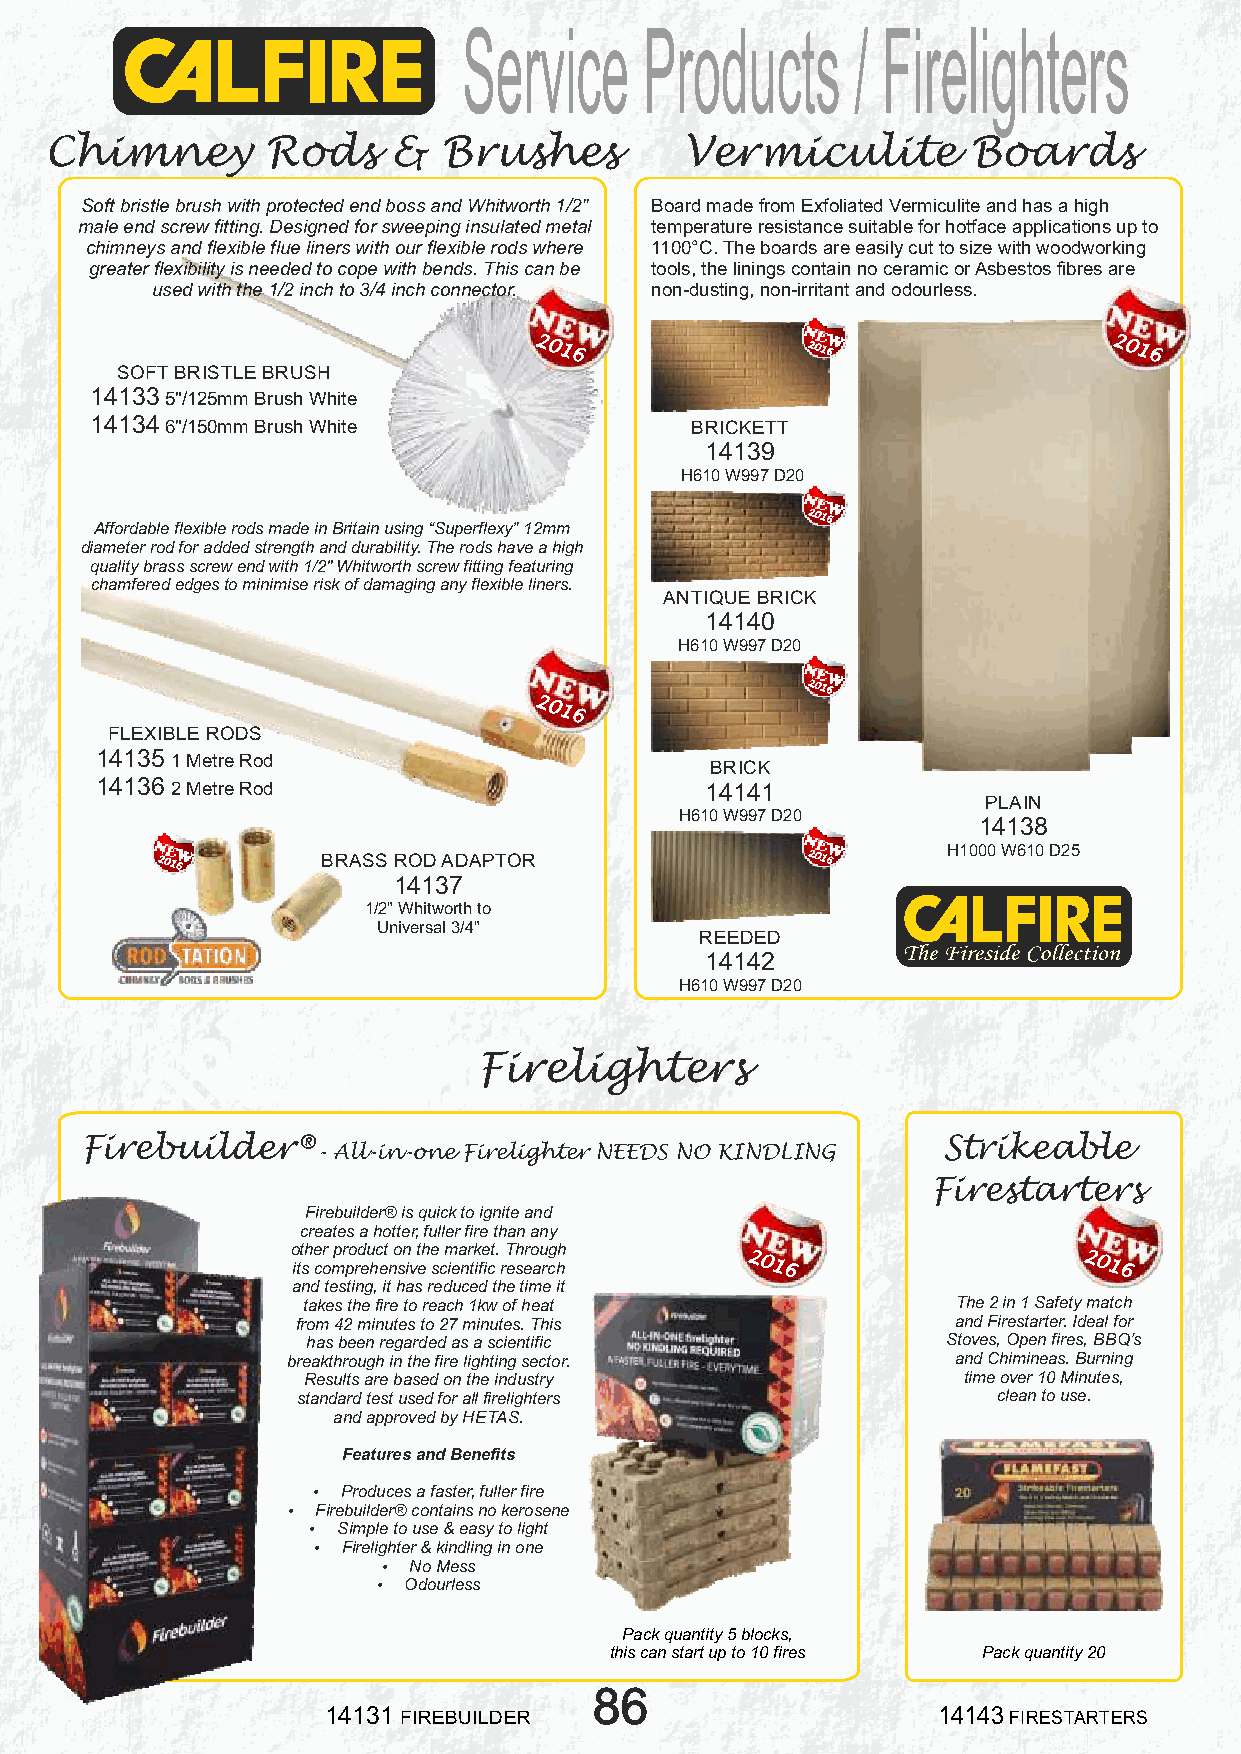
Service     Products      / Firelighters
 Chimney        Rods    &  Brushes         Vermiculite        Boards
 Soft bristle brush with protected end boss and Whitworth 1/2" Board made from Exfoliated Vermiculite and has a high
 male end screw fitting. Designed for sweeping insulated metal temperature resistance suitable for hotface applications up to
 chimneys and flexible flue liners with our flexible rods where 1100°C. The boards are easily cut to size with woodworking
 greater flexibility is needed to cope with bends. This can be tools, the linings contain no ceramic or Asbestos fibres are
 used with the 1/2 inch to 3/4 inch connector. non-dusting, non-irritant and odourless.
 2016              2016                2016
 SOFT BRISTLE BRUSH
 14133 5"/125mm Brush White
 14134 6"/150mm Brush White              BRICKETT
 14139
 H610 W997 D20
 Affordable flexible rods made in Britain using “Superflexy” 12mm
 2016
 diameter rod for added strength and durability. The rods have a high
 quality brass screw end with 1/2" Whitworth screw fitting featuring
 chamfered edges to minimise risk of damaging any flexible liners.
 ANTIQUE BRICK
 14140
 H610 W997 D20
 2016
 2016
 FLEXIBLE RODS
 14135 1 Metre Rod
 BRICK
 14136 2 Metre Rod                        14141
 PLAIN
 H610 W997 D20
 14138
 H1000 W610 D25
 2016       BRASS ROD ADAPTOR               2016
 14137
 1/2" Whitworth to
 Universal 3/4"
 REEDED
 14142
 H610 W997 D20
 Firelighters
 Firebuilder®                                             Strikeable
 - All-in-one Firelighter NEEDS NO KINDLING
 Firestarters
 Firebuilder® is quick to ignite and
 creates a hotter, fuller fire than any
 other product on the market. Through
 its comprehensive scientific research
 2016                  2016
 and testing, it has reduced the time it
 takes the fire to reach 1kw of heat        The 2 in 1 Safety match
 from 42 minutes to 27 minutes. This        and Firestarter. Ideal for
 has been regarded as a scientific          Stoves, Open fires, BBQ’s
 breakthrough in the fire lighting sector.   and Chimineas. Burning
 Results are based on the industry           time over 10 Minutes,
 standard test used for all firelighters       clean to use.
 and approved by HETAS.
 Features and Benefits
 Ÿ Produces a faster, fuller fire
 Ÿ Firebuilder® contains no kerosene
 Ÿ Simple to use & easy to light
 Ÿ Firelighter & kindling in one
 Ÿ No Mess
 Ÿ Odourless
 Pack quantity 5 blocks,
 this can start up to 10 fires Pack quantity 20
 86
 14131 FIREBUILDER                        14143 FIRESTARTERS